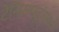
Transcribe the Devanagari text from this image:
टेनिसपटूंमध्ये